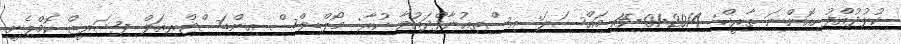
ކުޅުދުއްފުށިއޮންނަ ތާރީޚް: 2014-01-15 މައްސަލަ: އިސްތިޢުނާފްދައުވާ ކުރާ: މޯލްޑިވްސް އިންޑަސްޓްރިއަލް ފިޝަރީޒް ކޮމްޕެނީ